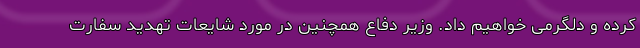
کرده و دلگرمی خواهیم داد. وزیر دفاع همچنین در مورد شایعات تهدید ‌سفارت